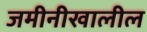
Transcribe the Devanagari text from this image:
जमीनीखालील